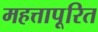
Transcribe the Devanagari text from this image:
महत्तापूरित